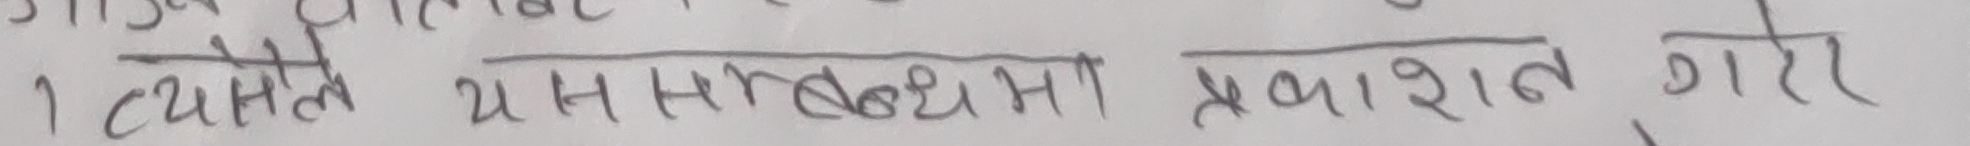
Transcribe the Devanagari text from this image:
त्यसतै यस सम्बन्धमा प्रकाशित गरो